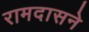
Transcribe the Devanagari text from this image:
रामदासने